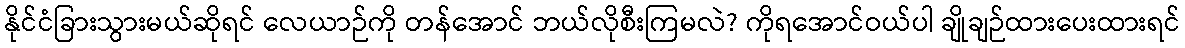
နိုင်ငံခြားသွားမယ်ဆိုရင် လေယာဉ်ကို တန်အောင် ဘယ်လိုစီးကြမလဲ? ကိုရအောင်ဝယ်ပါ ချိုချဉ်ထားပေးထားရင်